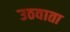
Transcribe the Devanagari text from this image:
उठवाता